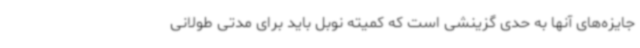
جایزه‌های آنها به حدی گزینشی است که کمیته نوبل باید برای مدتی طولانی